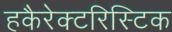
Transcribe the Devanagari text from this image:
हकैरेक्टरिस्टिक